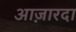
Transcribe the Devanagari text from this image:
आज़ारदा